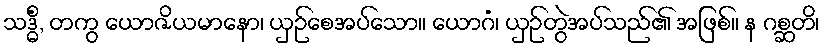
သဒ္ဓိံ, တကွ ယောဇိယမာနော၊ ယှဉ်စေအပ်သော။ ယောဂံ၊ ယှဉ်တွဲအပ်သည်၏ အဖြစ်။ န ဂစ္ဆတိ၊